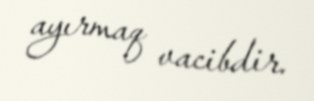
ayırmaq vacibdir.